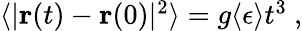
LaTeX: \begin{array}{r}{\langle|{\mathbf{r}}(t)-{\mathbf{r}}(0)|^{2}\rangle=g\langle\epsilon\rangle t^{3}\ ,}\end{array}